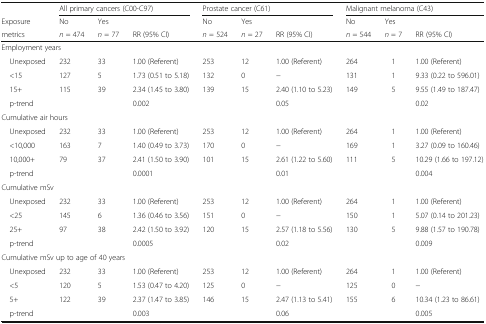
<table><thead><tr><td></td><td colspan="3"><b>All primary cancers (C00-C97)</b></td><td colspan="3"><b>Prostate cancer (C61)</b></td><td colspan="3"><b>Malignant melanoma (C43)</b></td></tr><tr><td><b>Exposure</b></td><td><b>No</b></td><td><b>Yes</b></td><td></td><td><b>No</b></td><td><b>Yes</b></td><td></td><td><b>No</b></td><td><b>Yes</b></td><td></td></tr><tr><td><b>metrics</b></td><td><b><i>n</i> = 474</b></td><td><b><i>n</i> = 77</b></td><td><b>RR (95% CI)</b></td><td><b><i>n</i> = 524</b></td><td><b><i>n</i> = 27</b></td><td><b>RR (95% CI)</b></td><td><b><i>n</i> = 544</b></td><td><b><i>n</i> = 7</b></td><td><b>RR (95% CI)</b></td></tr></thead><tbody><tr><td colspan="10">Employment years</td></tr><tr><td> Unexposed</td><td>232</td><td>33</td><td>1.00 (Referent)</td><td>253</td><td>12</td><td>1.00 (Referent)</td><td>264</td><td>1</td><td>1.00 (Referent)</td></tr><tr><td> &lt;15</td><td>127</td><td>5</td><td>1.73 (0.51 to 5.18)</td><td>132</td><td>0</td><td>−</td><td>131</td><td>1</td><td>9.33 (0.22 to 596.01)</td></tr><tr><td> 15+</td><td>115</td><td>39</td><td>2.34 (1.45 to 3.80)</td><td>139</td><td>15</td><td>2.40 (1.10 to 5.23)</td><td>149</td><td>5</td><td>9.55 (1.49 to 187.47)</td></tr><tr><td> p-trend</td><td colspan="2"></td><td>0.002</td><td colspan="2"></td><td>0.05</td><td colspan="2"></td><td>0.02</td></tr><tr><td colspan="10">Cumulative air hours</td></tr><tr><td> Unexposed</td><td>232</td><td>33</td><td>1.00 (Referent)</td><td>253</td><td>12</td><td>1.00 (Referent)</td><td>264</td><td>1</td><td>1.00 (Referent)</td></tr><tr><td> &lt;10,000</td><td>163</td><td>7</td><td>1.40 (0.49 to 3.73)</td><td>170</td><td>0</td><td>−</td><td>169</td><td>1</td><td>3.27 (0.09 to 160.46)</td></tr><tr><td> 10,000+</td><td>79</td><td>37</td><td>2.41 (1.50 to 3.90)</td><td>101</td><td>15</td><td>2.61 (1.22 to 5.60)</td><td>111</td><td>5</td><td>10.29 (1.66 to 197.12)</td></tr><tr><td> p-trend</td><td colspan="2"></td><td>0.0001</td><td colspan="2"></td><td>0.01</td><td colspan="2"></td><td>0.004</td></tr><tr><td colspan="10">Cumulative mSv</td></tr><tr><td> Unexposed</td><td>232</td><td>33</td><td>1.00 (Referent)</td><td>253</td><td>12</td><td>1.00 (Referent)</td><td>264</td><td>1</td><td>1.00 (Referent)</td></tr><tr><td> &lt;25</td><td>145</td><td>6</td><td>1.36 (0.46 to 3.56)</td><td>151</td><td>0</td><td>−</td><td>150</td><td>1</td><td>5.07 (0.14 to 201.23)</td></tr><tr><td> 25+</td><td>97</td><td>38</td><td>2.42 (1.50 to 3.92)</td><td>120</td><td>15</td><td>2.57 (1.18 to 5.56)</td><td>130</td><td>5</td><td>9.88 (1.57 to 190.78)</td></tr><tr><td> p-trend</td><td colspan="2"></td><td>0.0005</td><td colspan="2"></td><td>0.02</td><td colspan="2"></td><td>0.009</td></tr><tr><td colspan="10">Cumulative mSv up to age of 40 years</td></tr><tr><td> Unexposed</td><td>232</td><td>33</td><td>1.00 (Referent)</td><td>253</td><td>12</td><td>1.00 (Referent)</td><td>264</td><td>1</td><td>1.00 (Referent)</td></tr><tr><td> &lt;5</td><td>120</td><td>5</td><td>1.53 (0.47 to 4.20)</td><td>125</td><td>0</td><td>−</td><td>125</td><td>0</td><td>−</td></tr><tr><td> 5+</td><td>122</td><td>39</td><td>2.37 (1.47 to 3.85)</td><td>146</td><td>15</td><td>2.47 (1.13 to 5.41)</td><td>155</td><td>6</td><td>10.34 (1.23 to 86.61)</td></tr><tr><td> p-trend</td><td colspan="2"></td><td>0.003</td><td colspan="2"></td><td>0.06</td><td colspan="2"></td><td>0.005</td></tr></tbody></table>